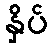
နှိပ်